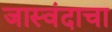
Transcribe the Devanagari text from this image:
जास्वंदाचा